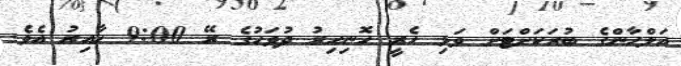
އަލްހާންގެ ބުރަކަށްޓަށް ވަޅި ހެރީ ހޮނިހިރު ދުވަހުގެ ރޭ 9:00 ހާއިރު އެވެ.